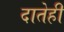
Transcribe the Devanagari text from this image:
दातेही